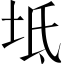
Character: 坻